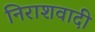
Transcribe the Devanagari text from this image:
निराशवादी